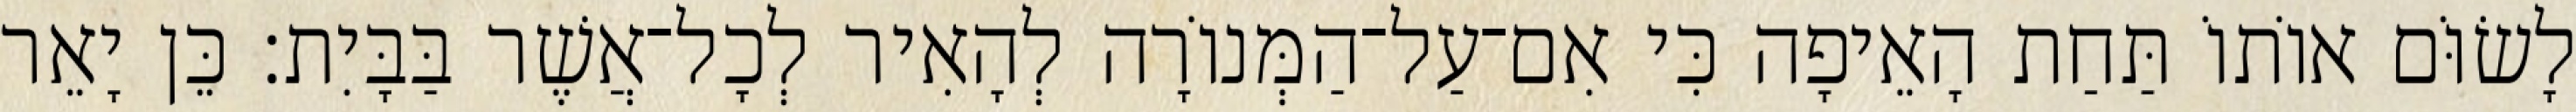
לָשׂוֹּם אוֹתוֹ תַּחַת הָאֵיפָה כִּי אִם־עַל־הַמְּנוֹרָה לְהָאִיר לְכָל־אֲשֶׁר בַּבָּיִת׃ כֵּן יָאֵר